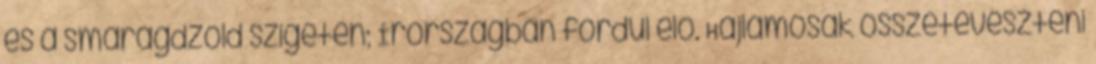
és a smaragdzöld szigeten; Írországban fordul elő. Hajlamosak összetéveszteni